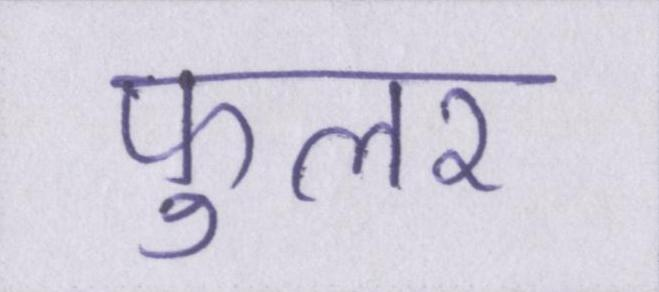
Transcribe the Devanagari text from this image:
फुलर